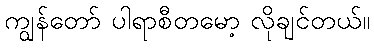
ကျွန်တော် ပါရာစီတမော့ လိုချင်တယ်။